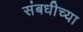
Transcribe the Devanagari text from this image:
संबधीच्या